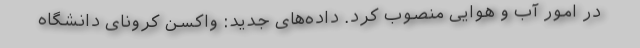
در امور آب و هوایی منصوب کرد. داده‌های جدید: واکسن کرونای دانشگاه